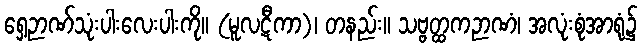
ရှေ့ဉာဏ်သုံးပါးလေးပါးကို။ (မူလဋီကာ)၊ တနည်း။ သဗ္ဗတ္ထကဉာဏံ၊ အလုံးစုံအာရုံ၌